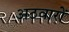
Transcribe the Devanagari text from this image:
अठवारों